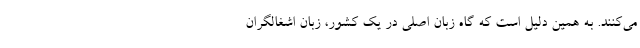
می‌کنند. به همین دلیل است که گاه زبان اصلی در یک کشور، زبان اشغالگران